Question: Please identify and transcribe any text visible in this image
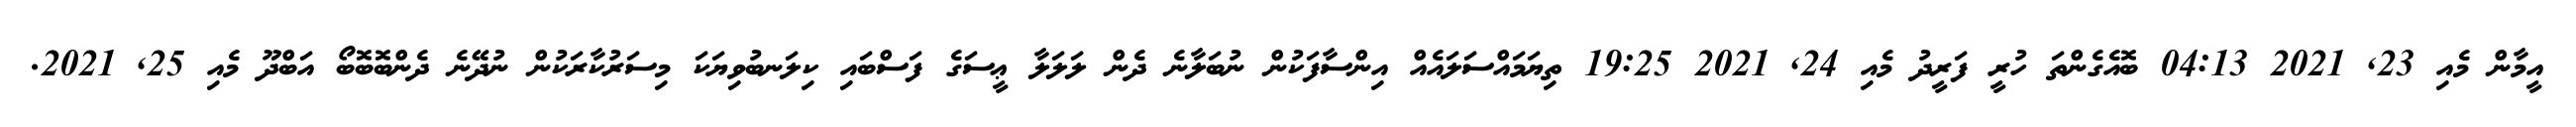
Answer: އީމާން މެއި 23, 2021 04:13 ބޮއެގެންތަ ހުރީ ފަރީދު މެއި 24, 2021 19:25 ތިޔަމައްސަލައެއް އިންސާފަކުން ނުބަލާނެ ދެން ލަލަލާ ޢީސަގެ ފަސްބައި ކިލަނބުވިޔަކަ މިސަރުކާރަކުން ނުދޭނެ ދެންބޮބޮބޯ އަބްދޫ މެއި 25, 2021.